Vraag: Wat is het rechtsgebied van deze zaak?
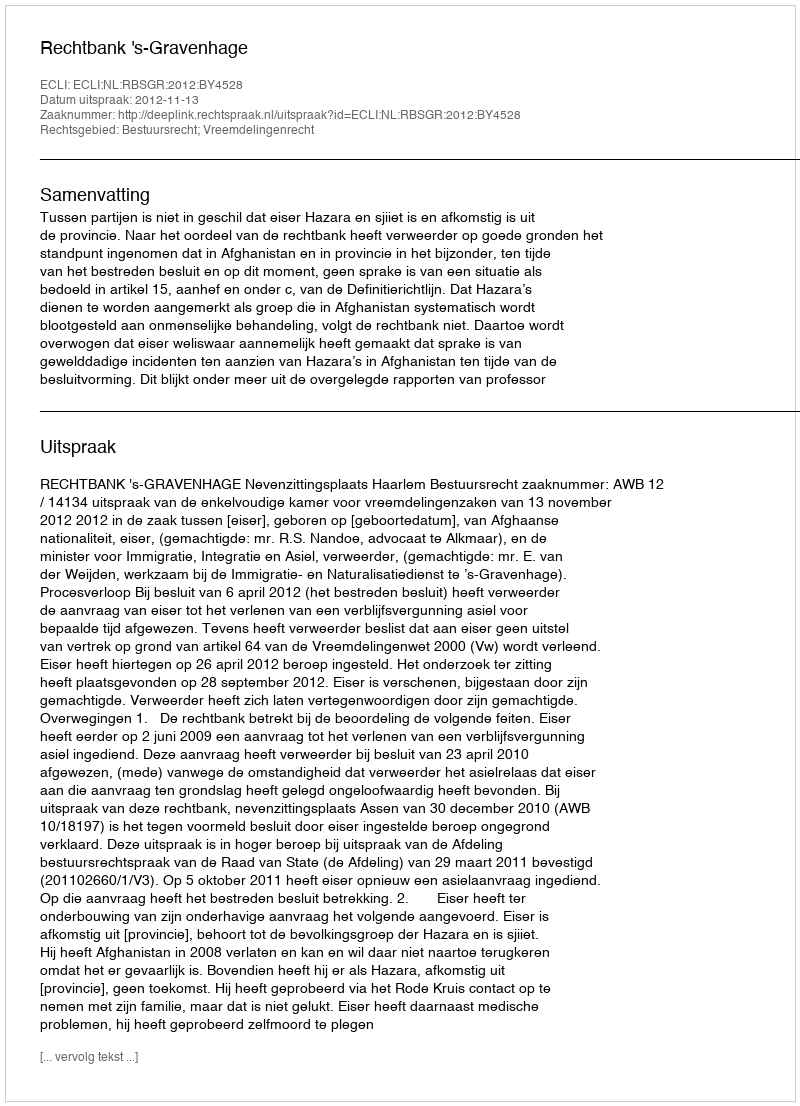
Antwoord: Bestuursrecht; Vreemdelingenrecht